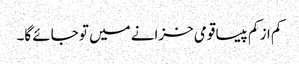
کم از کم پیسا قومی خزانے میں تو جائے گا۔